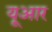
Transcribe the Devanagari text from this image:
यूआर